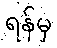
ရန်မှ